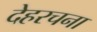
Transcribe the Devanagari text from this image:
देहरचना